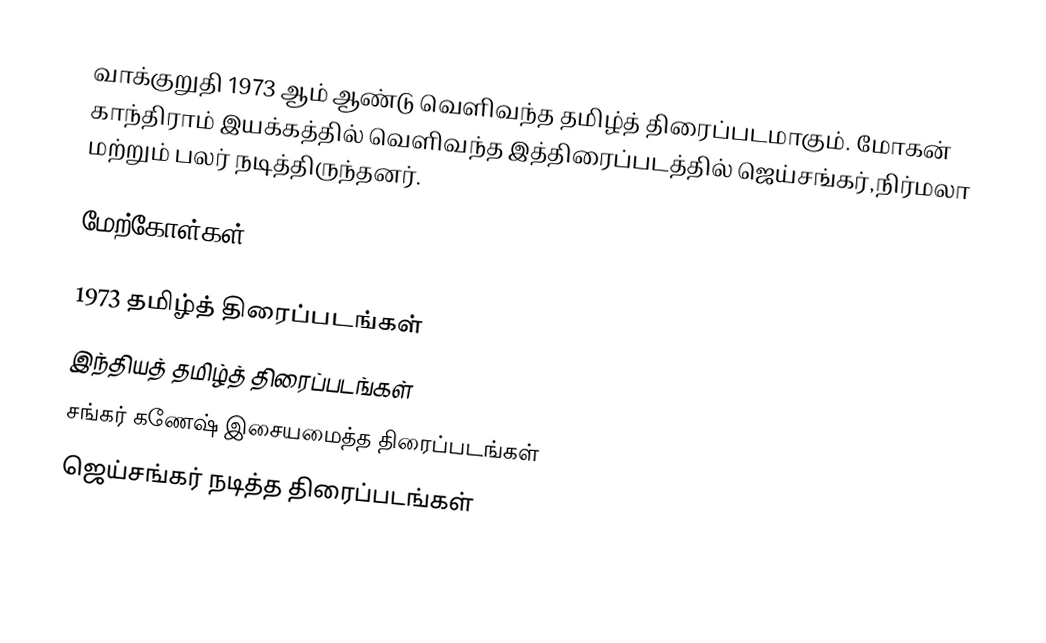
வாக்குறுதி 1973 ஆம் ஆண்டு வெளிவந்த தமிழ்த் திரைப்படமாகும். மோகன் காந்திராம் இயக்கத்தில் வெளிவந்த இத்திரைப்படத்தில் ஜெய்சங்கர்,நிர்மலா மற்றும் பலர் நடித்திருந்தனர்.

மேற்கோள்கள்

1973 தமிழ்த் திரைப்படங்கள்
இந்தியத் தமிழ்த் திரைப்படங்கள்
சங்கர் கணேஷ் இசையமைத்த திரைப்படங்கள்
ஜெய்சங்கர் நடித்த திரைப்படங்கள்